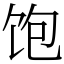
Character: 饱